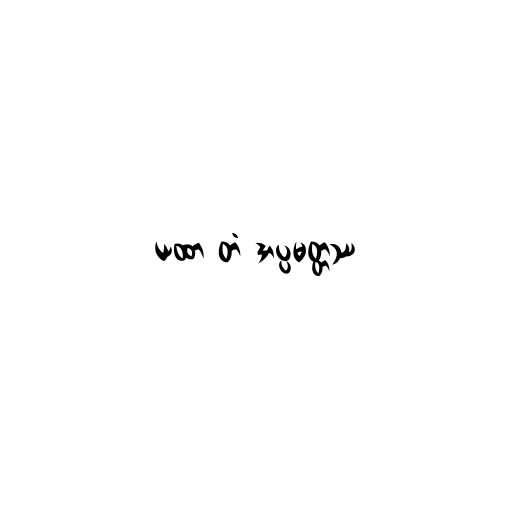
ယထာ တံ အပ္ပမတ္တဿ